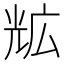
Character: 𭀨